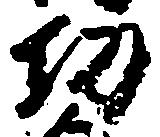
功